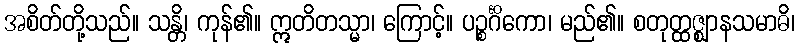
အစိတ်တို့သည်။ သန္တိ၊ ကုန်၏။ ဣတိတသ္မာ၊ ကြောင့်။ ပဉ္စင်္ဂိကော၊ မည်၏။ စတုတ္ထဇ္ဈာနသမာဓိ၊